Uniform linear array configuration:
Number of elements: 64
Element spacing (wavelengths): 0.5
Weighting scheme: cosine
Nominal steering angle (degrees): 15
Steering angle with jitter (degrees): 13.507
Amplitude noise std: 0.05
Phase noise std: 0.05

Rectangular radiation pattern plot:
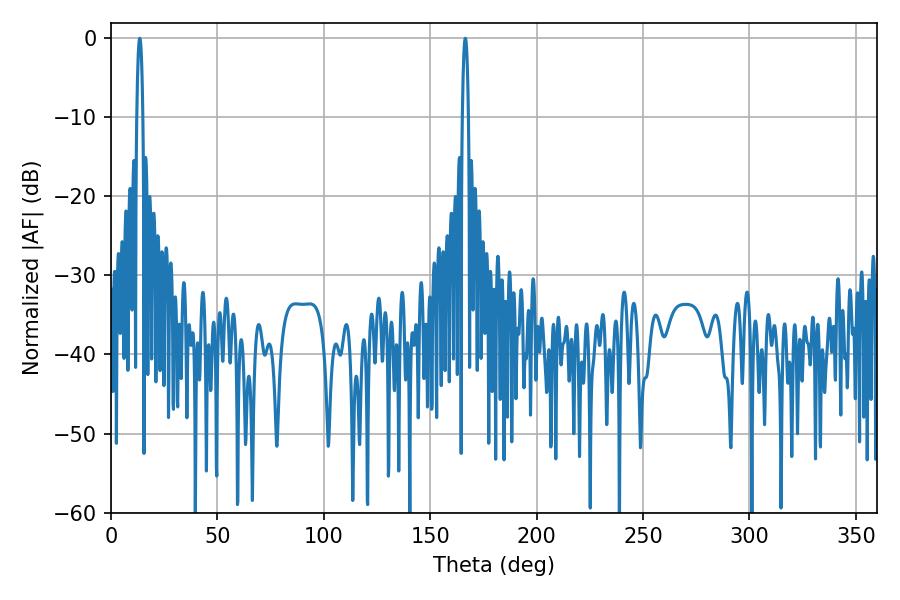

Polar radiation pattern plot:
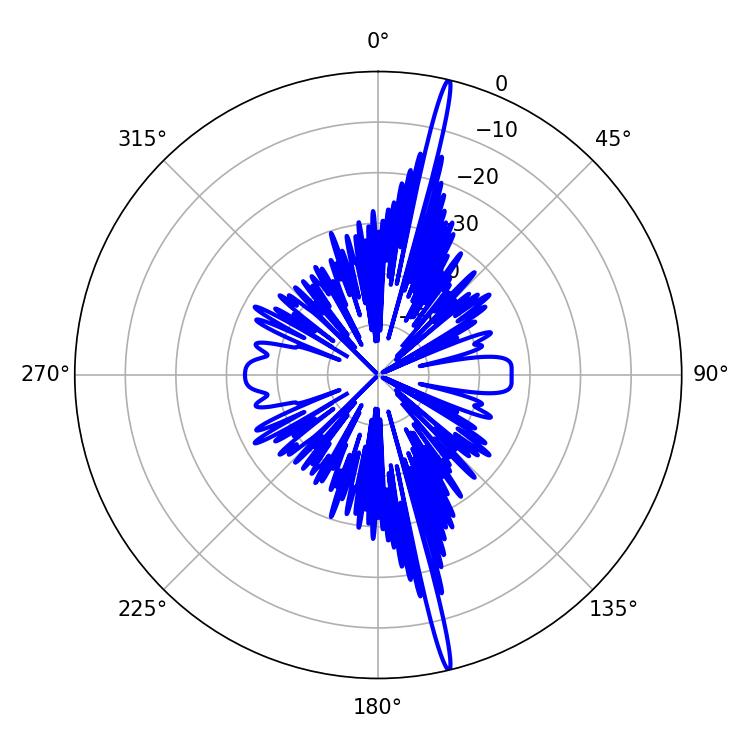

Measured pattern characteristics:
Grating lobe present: FALSE
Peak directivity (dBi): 21.239
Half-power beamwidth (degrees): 1.44
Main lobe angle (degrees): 13.5